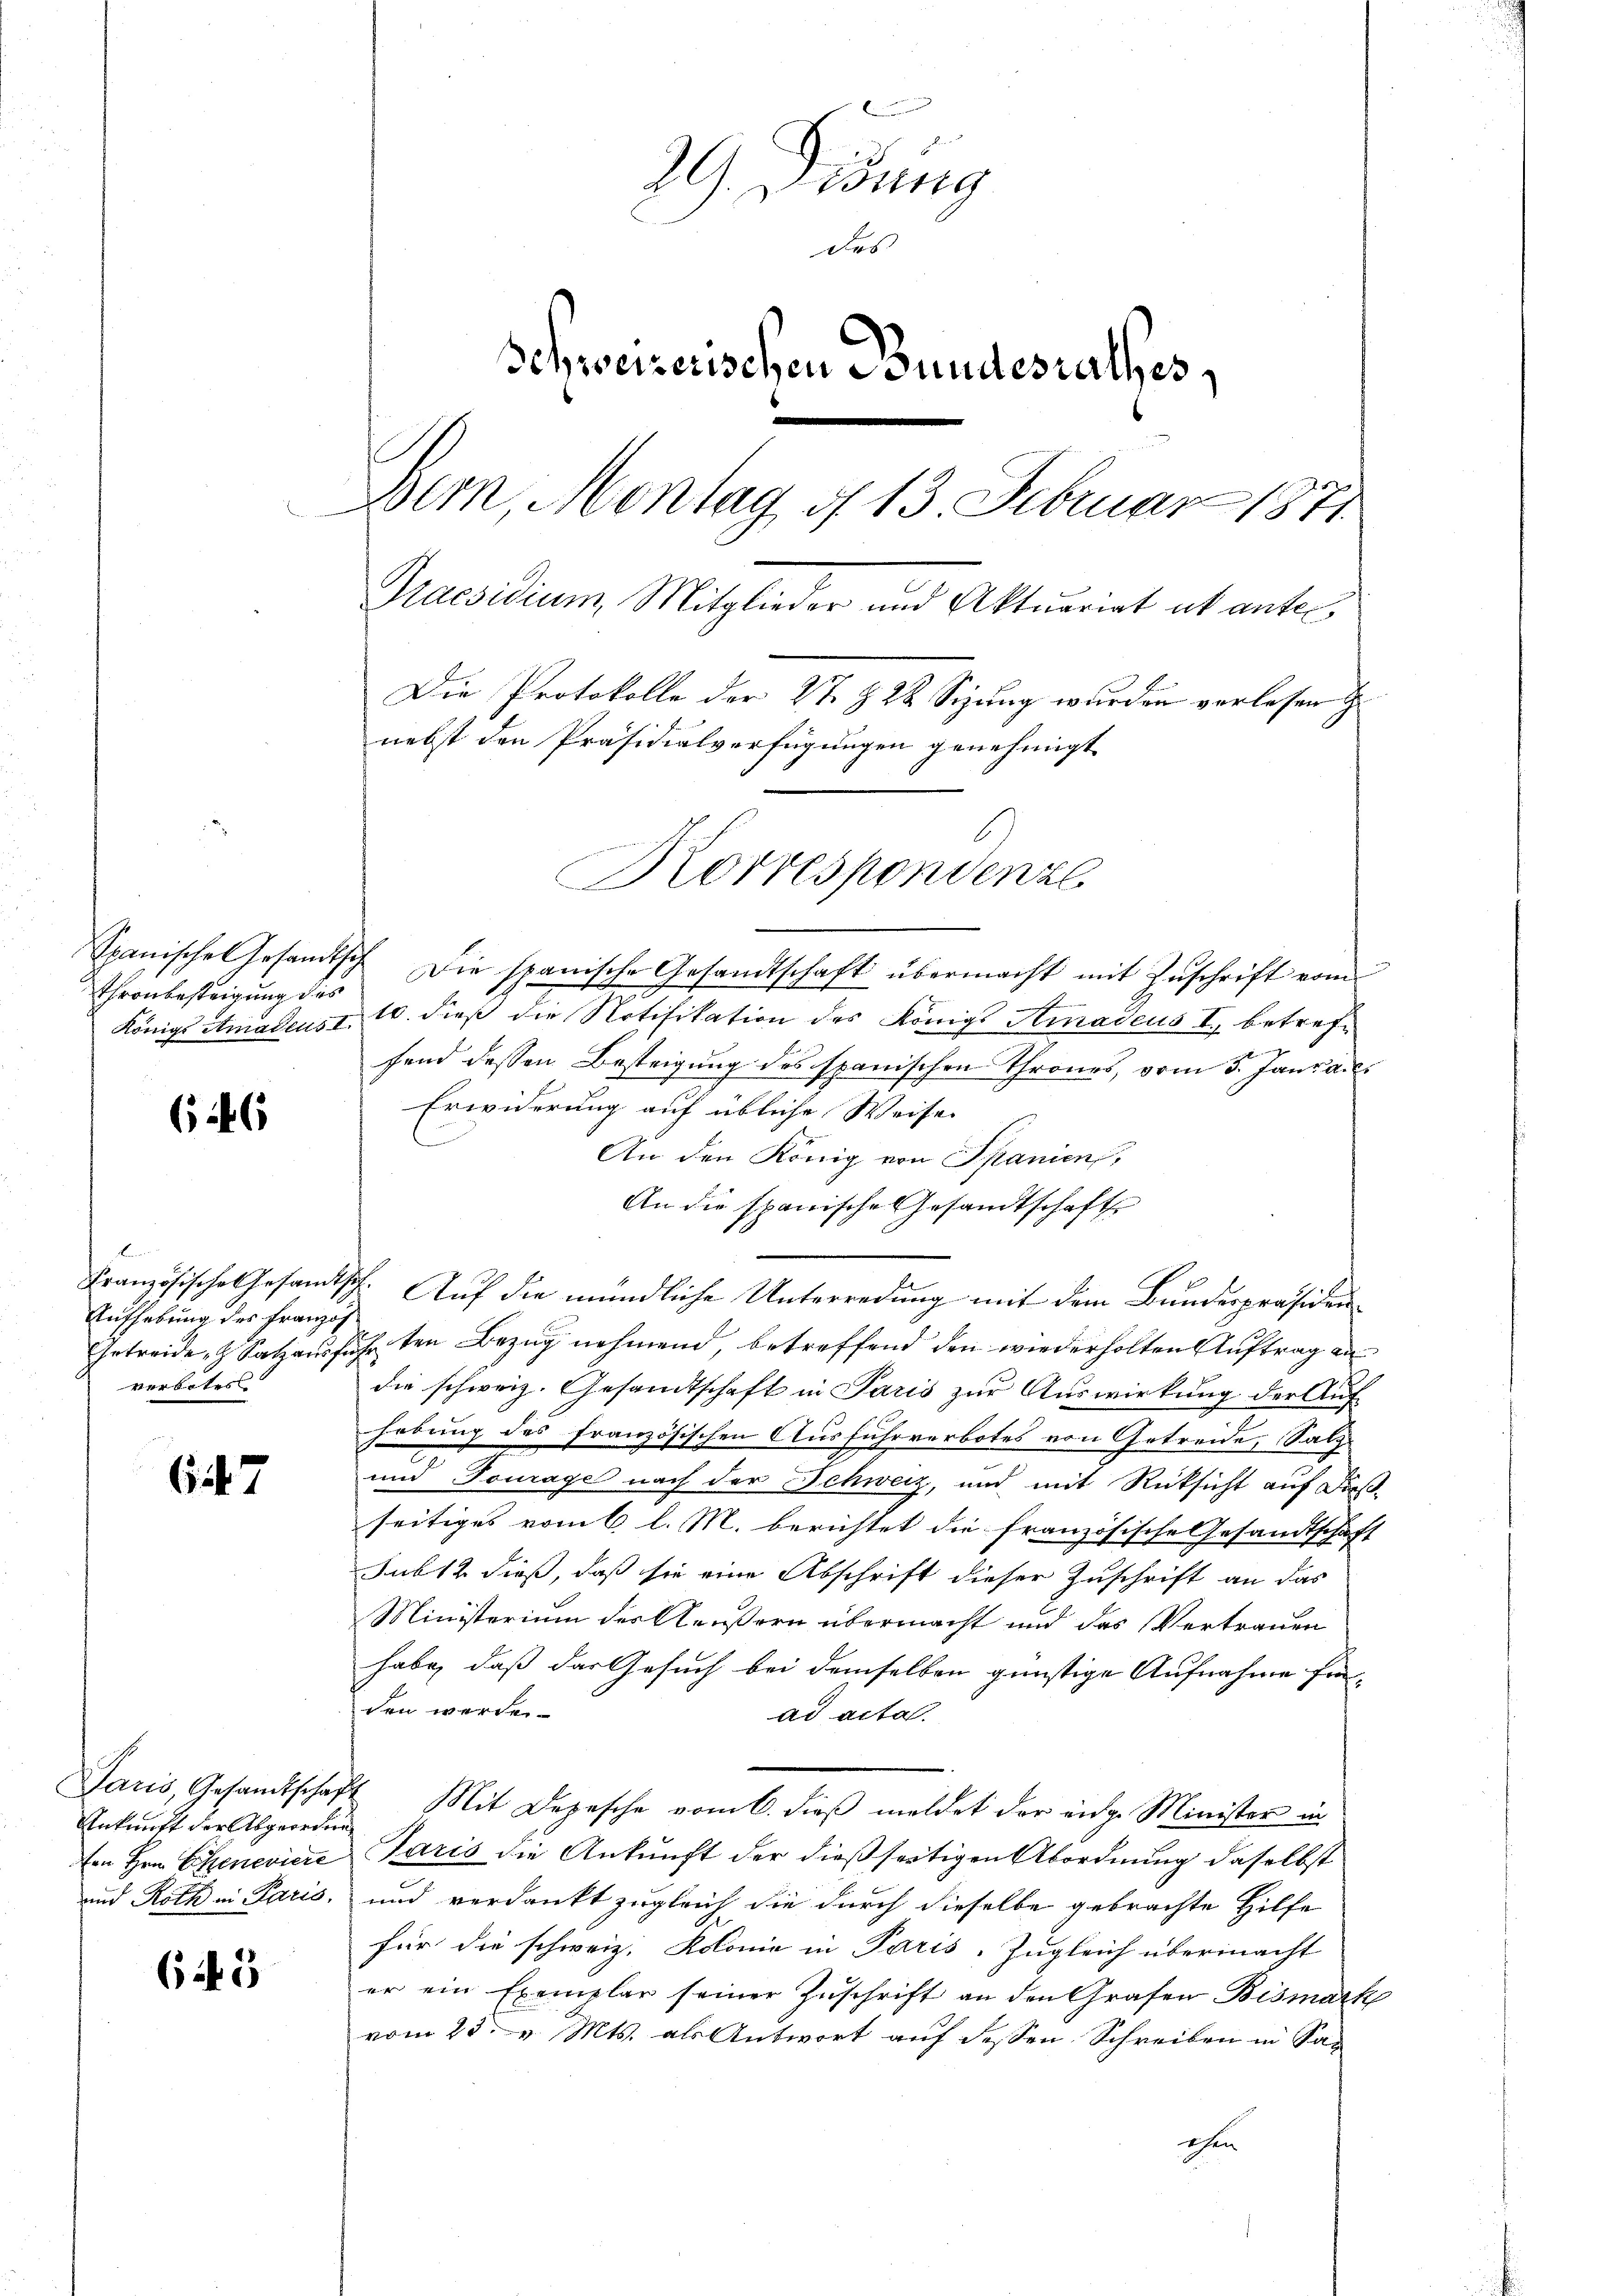
Thronbesteigung des

66

Aufhebung des Französ
verbotes.

67

Ankunft der Abgeordne
ton Hrn. Eiszeneviere
und Roth in Paris.

(if. 5

29
Dirung
des
Schweizerischen Bundesrathes,
Bern, Montag d. 13. Februar 1871
Praesidium, Mitglieder und Aktuariat ab antel
Die Protokolle der 27. § 24 Sizung wurden verlesen
nebst den Präsidialverfügungen genehmigt
Korrespondenzl

Spanische Gesamtsch. Die spanische Gesandtschaft übermacht mit Zŭschrift vom
Königl Amalcust 10. dieß die Notifikation des Königs Amadeus I. betreffend dessen Besteigung des spanischen Thrones, vom 5. Januar
Erwiderung auf übliche Weise
An den König von Spanien,
An die spanische Gesandtschaft
Französische Gesandtsch. Aŭf die mündliche Unterredung mit dem Bundespräsiden¬
Getreide, Salzausführten Bezug nehmend, betreffend den wiederholten Auftrag an
die schweiz. Gesandtschaft in Paris zur Auswirkung der Auf-
hebung des französischen Ausfuhrverbotes von Getreide, Salz¬
und Tourage nach der Schweiz, und mit Rücksicht auf dießseitiges vom 6 l. M. berichtet die französische Gesandtschaft
sub 12 dieß, daß sie eine Abschrift dieser Zuschrift an das
Ministerium des Aeußern übermacht und das Vertrauen
habe, daß das Gesuch bei demselben günstige Aufnahme finden werden.
ad acta.
Jaris, Gesandtschaft Mit Depesche vom 6. dieβ meldet der eidge Minister in
Paris die Ankunft der dießseitigen Abordnung daselbst
und verdankt zugleich die durch dieselbe gebrachte Hilfe
für die schweiz. Kolonie in Paris, Zugleich übermacht
er ein Exemplar seiner Zuschrift an den Grafen Bismark
vom 23ten v. Mts. als Antwort auf dessen Schreiben in Sac
ochen